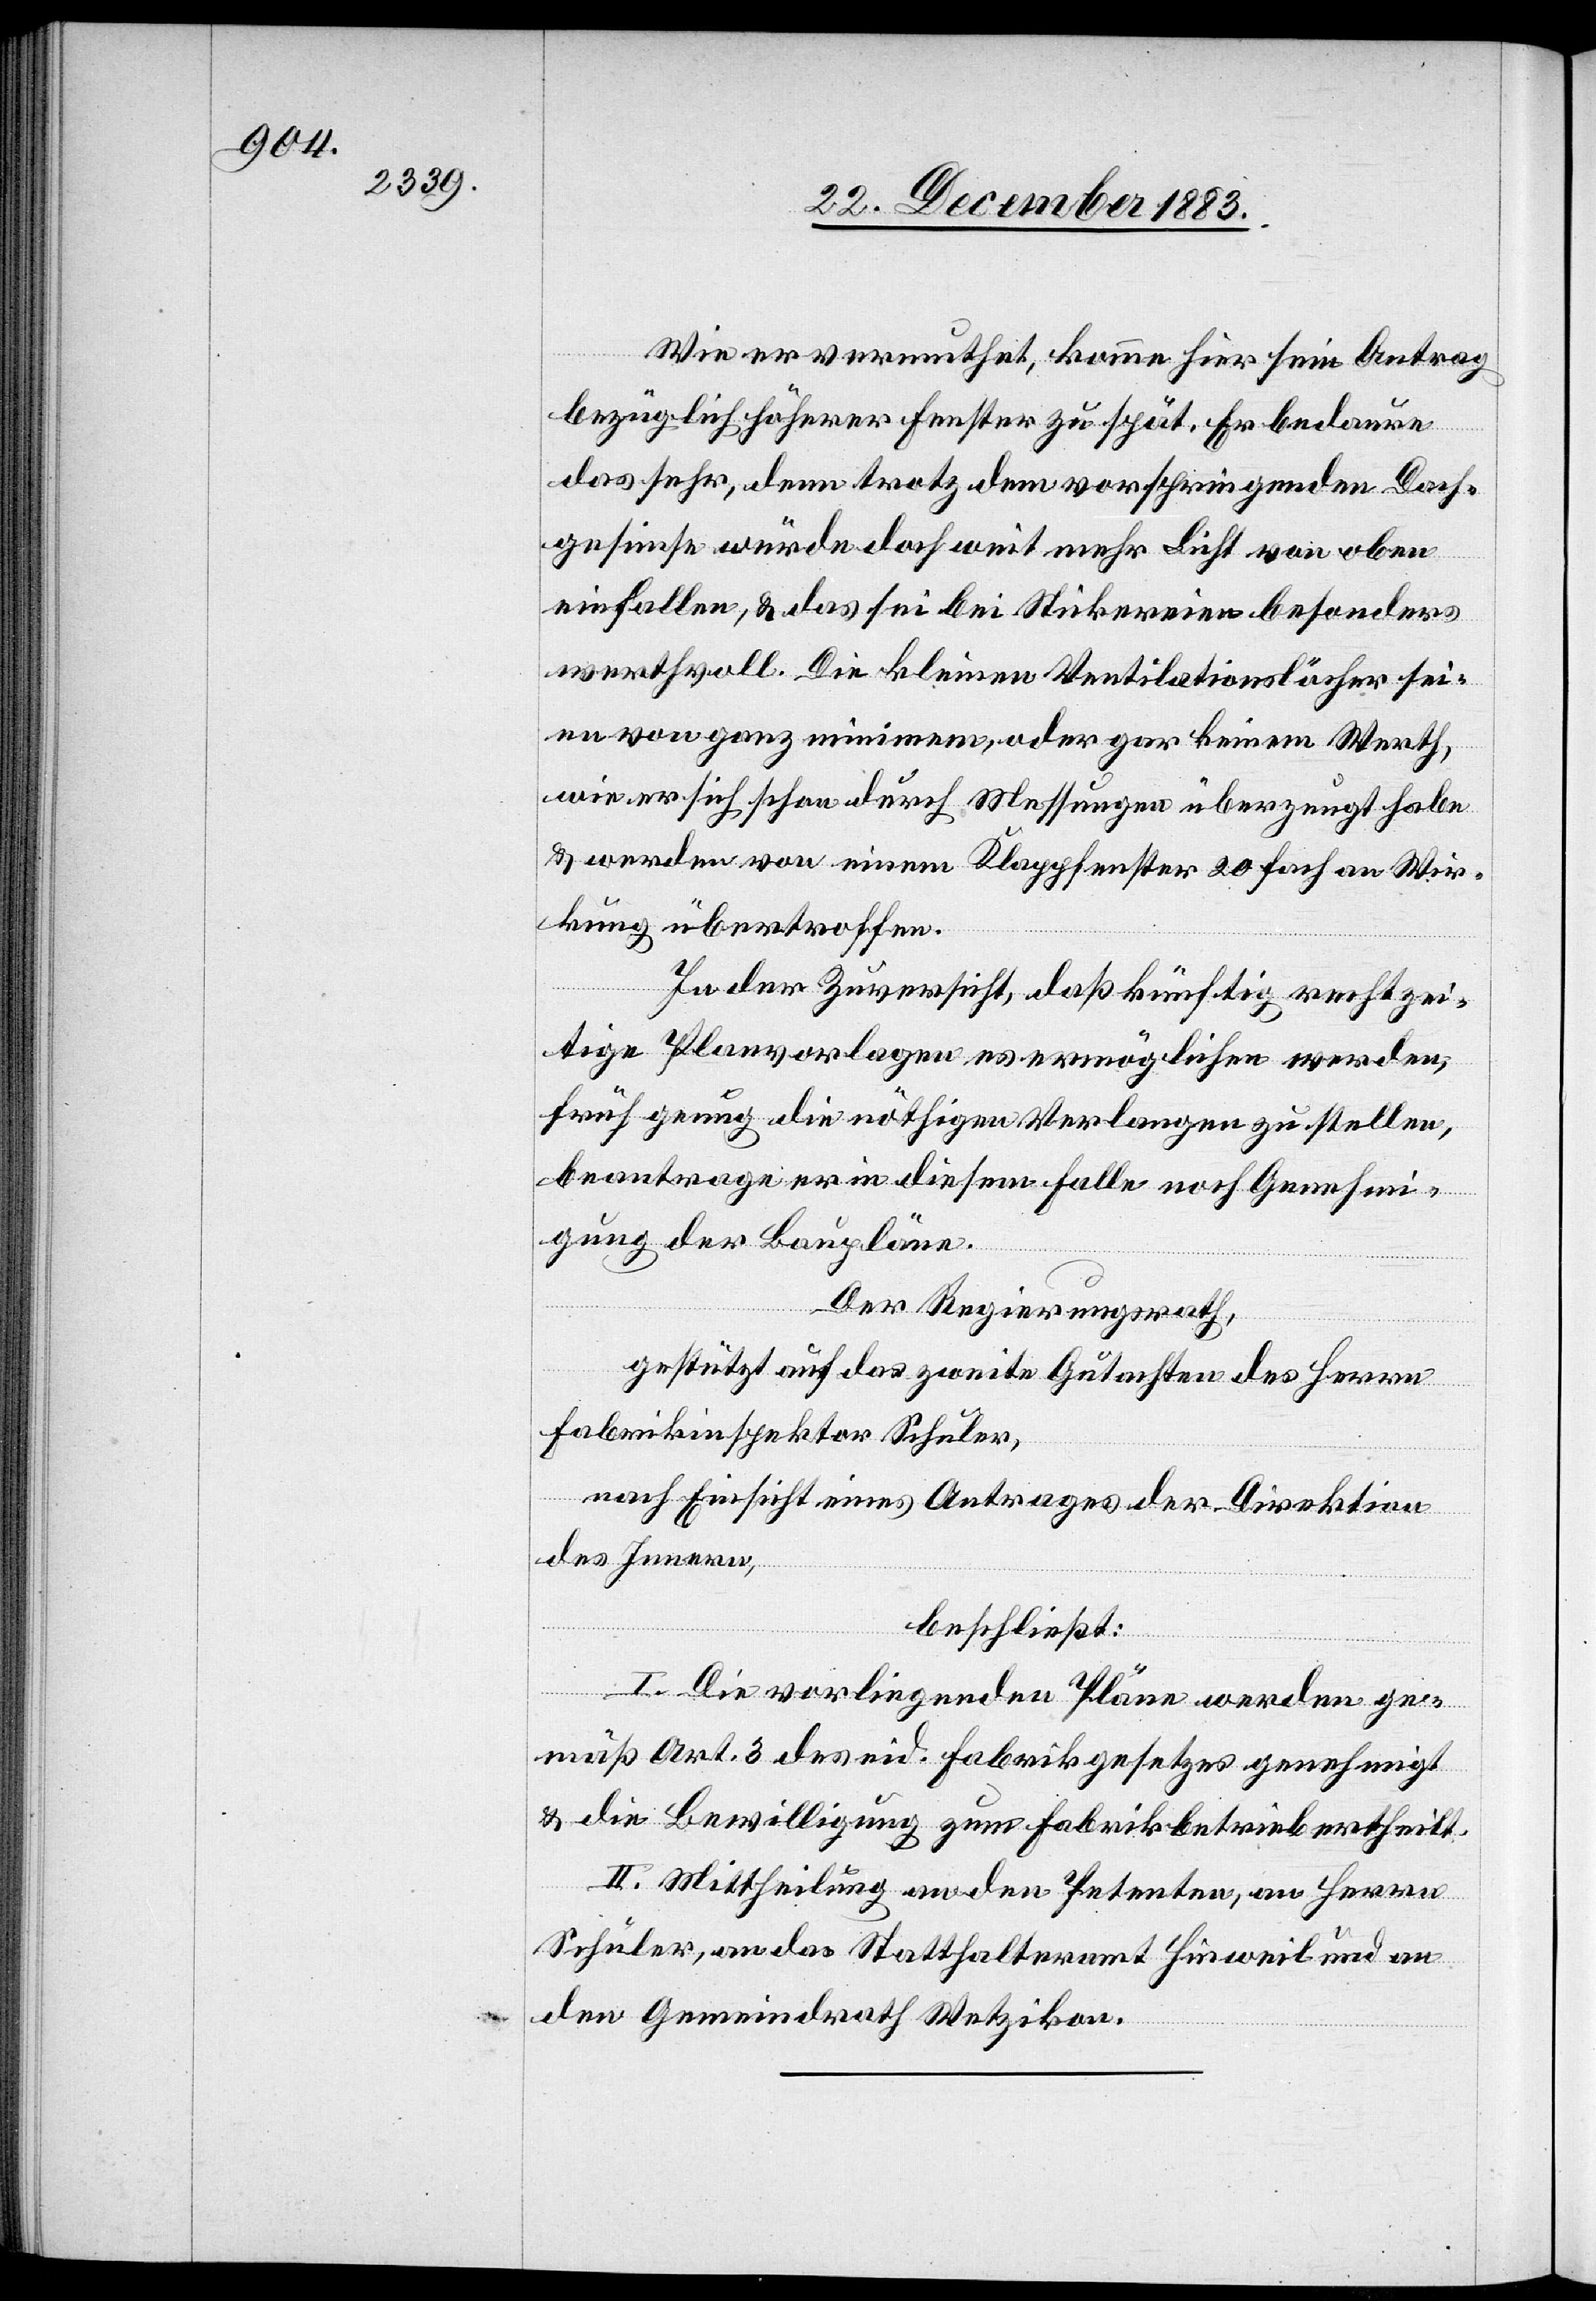
Wie er vermuthet, komme hier sein Antrag
bezüglich höherer Fenster zu spät. Er bedaure
sehr, denn trotz dem vorspringenden Dach¬
gesimse würde doch weit mehr Licht von oben
einfallen, & das sei bei Stickereien besonders
werthvoll. Die kleinen Ventilationslöcher sei¬
en von ganz minimem, oder gar keinem Werth,
wie er sich schon durch Messungen überzeugt habe
& werden von einem Klappfenster 20 fach an Wir¬
kung übertroffen.
In der Zuversicht, daß künftig rechtzei¬
tig Planvorlagen es ermöglichen werden,
früh genug die nöthigen Verlangen zu stellen,
beantrage er in diesem Falle noch Genehmi¬
gung der Baupläne.
Der Regierungsrath,
gestützt auf das zweite Gutachten des Herrn
Fabrikinspektor Schuler,
nach Einsicht eines Antrages der Direktion
des Innern,
beschließt:
I. Die vorliegenden Pläne werden ge¬
mäß Art. 3 des eid. Fabrikgesetzes genehmigt
& die Bewilligung zum Fabrikbetrieb ertheilt.
II. Mittheilung an den Petenten, an Herrn
Schuler, an das Statthalteramt Hinweil und an
den Gemeindrath Wetzikon.